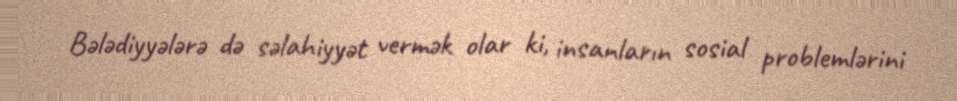
Bələdiyyələrə də səlahiyyət vermək olar ki, insanların sosial problemlərini